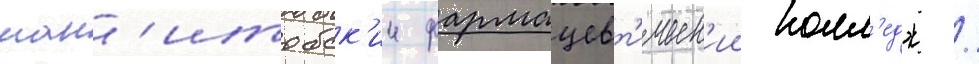
ман'итобск'ии фармацевт'ическ'ии колл'едж /